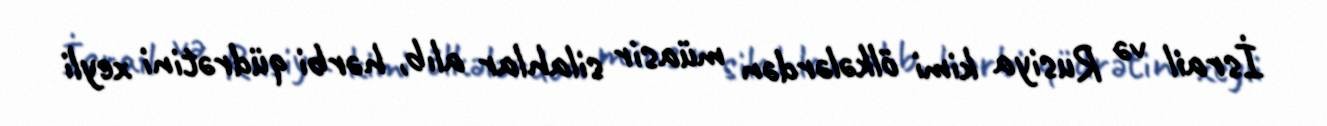
İsrail və Rusiya kimi ölkələrdən müasir silahlar alıb, hərbi qüdrətini xeyli